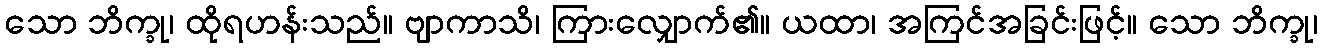
သော ဘိက္ခု၊ ထိုရဟန်းသည်။ ဗျာကာသိ၊ ကြားလျှောက်၏။ ယထာ၊ အကြင်အခြင်းဖြင့်။ သော ဘိက္ခု၊